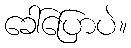
ခေါ်ပြောပဲ။